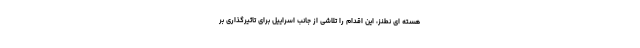
هسته ای نطنز، این اقدام را تلاشی از جانب اسراییل برای تاثیرگذاری بر